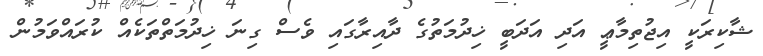
ޝާކިރަކީ އިޖުތިމާޢީ އަދި އަދަބީ ޚިދުމަތުގެ ދާއިރާގައި ވެސް ގިނަ ޚިދުމަތްތަކެއް ކުރައްވަމުން